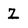
Character: Z